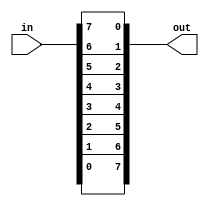
/*
 *  In this file there are more gates generated with a for loop.
 *  The loop needs a name that is followed after the colon.
 */
module top_module ( 
    input [7:0] in,
    output [7:0] out
);

    genvar i;
    generate
        for ( i = 0; i <= 7; i = i + 1 ) begin : bitswapping
        	assign out[i] = in[7-i];
        end
    endgenerate
endmodule